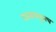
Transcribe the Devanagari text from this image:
दात्याकडूनच